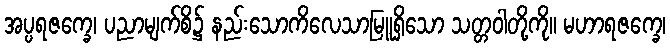
အပ္ပရဇက္ခေ၊ ပညာမျက်စိ၌ နည်းသောကိလေသာမြူရှိသော သတ္တဝါတို့ကို။ မဟာရဇက္ခေ၊